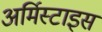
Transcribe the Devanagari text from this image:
अर्मिस्टाइस